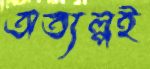
অত্যল্পই